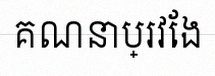
គណនាប្រវែង